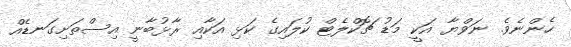
ހެންނެވެ. ނަވްޔާ އަކީ މަޑު ޗޮކްލެޓް ކުލައިގެ ކަޅި އަކާއި ރާޅުބާނީ އިސްތަށިގަނޑެއް